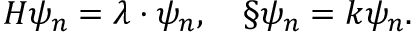
H \psi _ { n } = \lambda \cdot \psi _ { n } , \ \ \ \S \psi _ { n } = k \psi _ { n } .